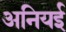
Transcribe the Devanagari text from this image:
अनियई